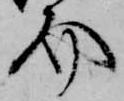
介